Annual report of the Punjab Veterinary College and of the Civil Veterinary Department, Punjab - 1894-1908
Year: 1894
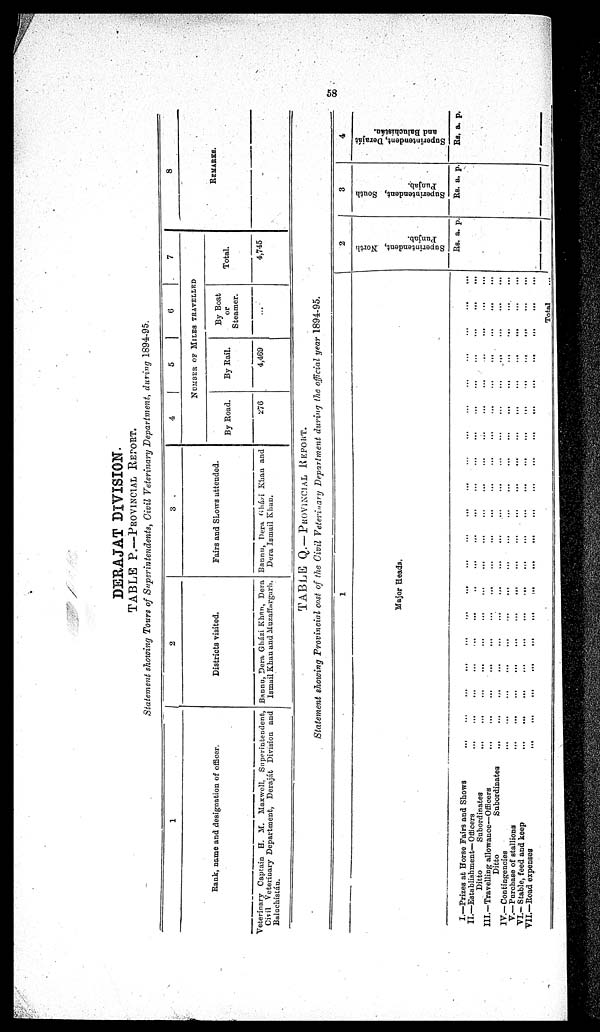
58
DERAJAT DIVISION.
TABLE P.—PROVINCIAL REPORT.
Statement showing Tours of Superintendents, Civil Veterinary Department, during 1894-95.
1
Rank, name and designation of officer.
Veterinary Captain H. M. Maxwell, Superintendent,
Civil Veterinary Department, Deraját Division and
Baluchistan.
2
Districts visited.
Bannu, Dera Gházi Khan, Dera
Ismail Khan and Muzaffargarh.
3
Fairs and Shows attended.
Bannu, Dera Gházi Khan and
Dera Ismail Khan.
4
5
6
7
NUMBER OF MILES TRAVELLED
By Road.
276
By Rail.
4,469
By Boat
or
Steamer.
...
Total.
4,745
8
REMARKS.
TABLE Q.— PROVINCIAL REPORT.
Statement showing Provincial cost of the Civil Veterinary Department during the official year 1894-95.
1
Major Heads.
I.—Prizes at Horse Fairs and Shows ... ... ... ... ... ... ... ... ... ... ... ... ... ... ... ... ... ... ...
II.—Establishment—Officers ... ... ... ... ... ... ... ... ... ... ... ... ... ... ... ... ... ... ...
Ditto
Subordinates ... ... ... ... ... ... ... ... ... ... ... ... ... ... ... ... ... ... ...
III.—Travelling allowance—Officers ... ... ... ... ... ... ... ... ... ... ... ... ... ... ... ... ... ... ...
Ditto
Subordinates ... ... ... ... ... ... ... ... ... ... ... ... ... ... ... ... ... ... ...
IV.— Contingencies ... ... ... ... ... ... ... ... ... ... ... ... ... ... ... ... ... ... ...
V.—Pnrchase of stallions ... ... ... ... ... ... ... ... ... ... ... ... ... ... ... ... ... ... ...
VI.— Stable, feed and keep ... ... ... ... ... ... ... ... ... ... ... ... ... ... ... ... ... ... ...
VII.—Road expenses ... ... ... ... ... ... ... ... ... ... ... ... ... ... ... ... ... ... ...
Total
2
Superintendent, North
Punjab.
Rs. a. p.
3
Superintendent, South
Punjab.
Rs. a. p.
4
Superintendent, Deraját
and Baluchistán.
Rs. a. p.